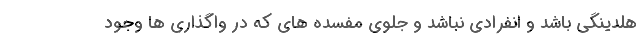
هلدینگی باشد و انفرادی نباشد و جلوی مفسده های که در واگذاری ها وجود